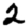
Digit: 2